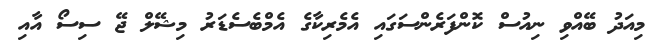
މިއަދު ބޭއްވި ނިއުސް ކޮންފަރެންސަގައި އެމެރިކާގެ އެމްބެސެޑަރު މިޝޭލް ޖޭ ސިސޯ އާއި